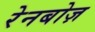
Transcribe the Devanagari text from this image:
रेनबोज़